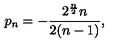
p _ { n } = - { \frac { 2 ^ { \frac { n } { 2 } } n } { 2 ( n - 1 ) } } ,